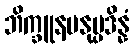
ဘိက္ခူနမနုပ္ပဒိန္နံ